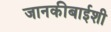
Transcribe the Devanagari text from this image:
जानकीबाईशी